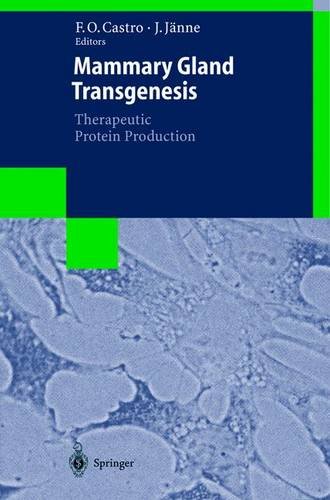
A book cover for Mammary Gland Transgenesis: Therapeutic Protein Production (Biotechnology Intelligence Unit); Medical Books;